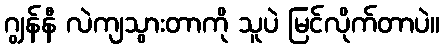
ဂျွန်နီ လဲကျသွားတာကို သူပဲ မြင်လိုက်တာပဲ။